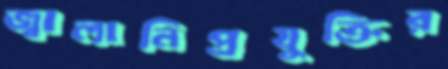
জ্বালানিপ্রযুক্তির